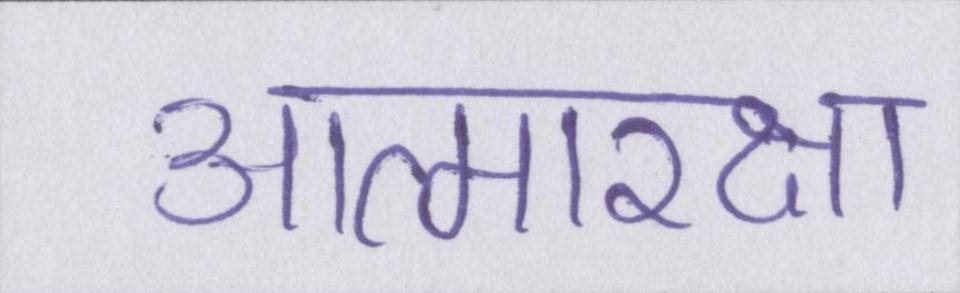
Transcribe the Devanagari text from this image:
आत्मरक्षा